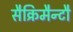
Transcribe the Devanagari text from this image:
सैक्रिमैन्टौ